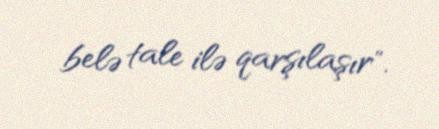
belə tale ilə qarşılaşır".